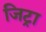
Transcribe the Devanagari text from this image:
जिट्रा